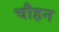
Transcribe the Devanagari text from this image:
चौहन